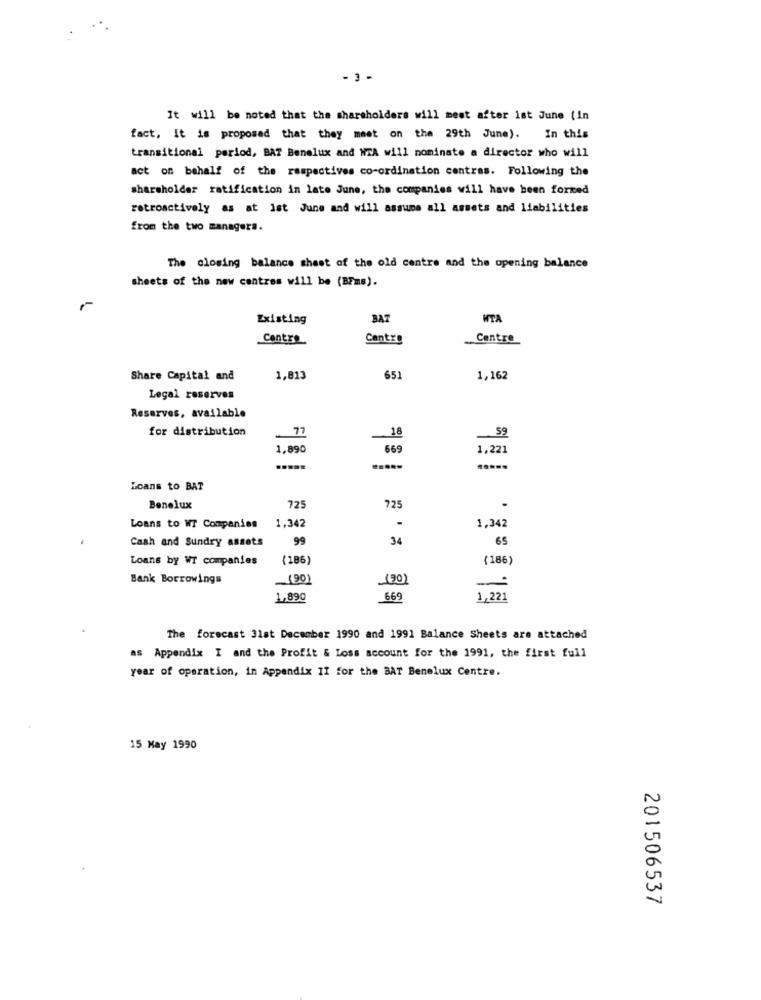
It will be noted that the shareholders will mest after ist June (In
fact, it is proposed that they meet on the 29th June). In this
transitional period, BAT Benelux and WTA will nominate a director who will
act on behalf of the respectives co-ordination centras. Following the
shareholder ratification in late June, the companies will have been forked
retroactively as at ist June and will assume all assets and liabilities
from the two managers.
The closing balance sheet of the old centre and the opening balance
sheets of the new centres will be (BFms).
Existing
BAT
WTA
Centro
Centre
Centre
Share Capital and
1,813
651
1,162
Legal reserves
Reserves, available
for distribution
77
16
59
-
1,890
669
1,221
Loans to BAT
725
Benelux
725
1,342
-
Loans to WT Companies
1,342
Cash and Sundry assets
99
34
65
Loans by WT companies
(186)
(186)
Bank Borrowings
(90)
(20)
1,890
669
1,221
The forecast 31st December 1990 and 1991 Balance Sheets are attached
as Appendix I and the Profit & Loss account for the 1991, the first full
year of operation, in Appendix II for the BAT Benelux Centre.
15 May 1990
201506537